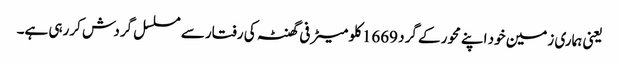
یعنی ہماری زمین خود اپنے محور کے گرد 1669کلو میٹر فی گھنٹہ کی رفتار سے مسلسل گردش کررہی ہے۔